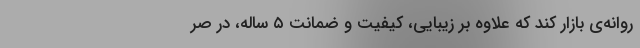
روانه‌ی بازار کند که علاوه بر زیبایی، کیفیت و ضمانت ۵ ساله، در صر